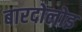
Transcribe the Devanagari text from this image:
बारदोलोइ